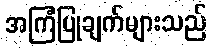
အကြံပြုချက်များသည်